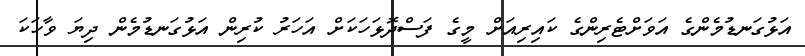
އަޅުގަނޑުމެންގެ އަވަށްޓެރިންގެ ކައިރިއަށް މީގެ ފަސްދޮޅަހަކަށް އަހަރު ކުރިން އަޅުގަނޑުމެން ދިޔަ ވާހަކަ